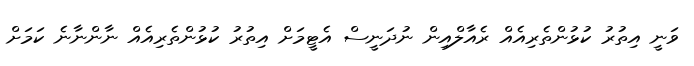
ވަނީ އިތުރު ކުޅުންތެރިއެއް ރެއާލްއިން ނުދަނީސް އެޓީމަށް އިތުރު ކުޅުންތެރިއެއް ނާންނާނެ ކަމަށް